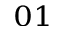
_ { 0 1 }